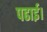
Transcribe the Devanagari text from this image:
पढाई।